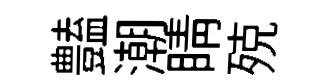
𧰟潮睛殑